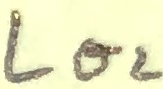
Text: LO2